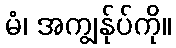
မံ၊ အကျွန်ုပ်ကို။